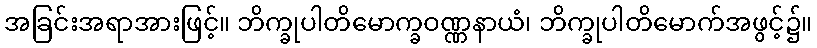
အခြင်းအရာအားဖြင့်။ ဘိက္ခုပါတိမောက္ခဝဏ္ဏနာယံ၊ ဘိက္ခုပါတိမောက်အဖွင့်၌။